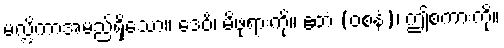
မလ္လိကာအမည်ရှိသော။ ဒေဝိံ၊ မိဖုရားကို။ ဧတံ (ဝစနံ)၊ ဤစကားကို။